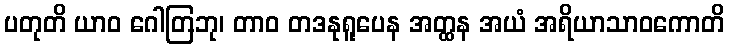
ပတုတိ ယာဝ ဂေါတြဘု၊ တာဝ တဒနုရူပေန အတ္ထန အယံ အရိယာသာဝကောတိ